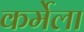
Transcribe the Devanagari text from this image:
कर्मेला